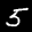
Label: 5